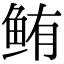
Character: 鲔